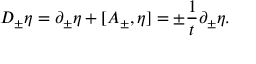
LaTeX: D _ { \pm } \eta = \partial _ { \pm } \eta + [ A _ { \pm } , \eta ] = \pm { \frac { 1 } { t } } \partial _ { \pm } \eta .